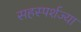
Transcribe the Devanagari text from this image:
सहस्पर्शज्या